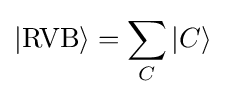
|{\text{RVB}}\rangle =\sum _{C}|C\rangle